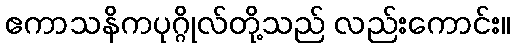
ဧကာသနိကပုဂ္ဂိုလ်တို့သည် လည်းကောင်း။